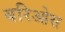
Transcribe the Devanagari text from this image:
बरिओस